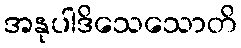
အနုပါဒိသေသောတိ